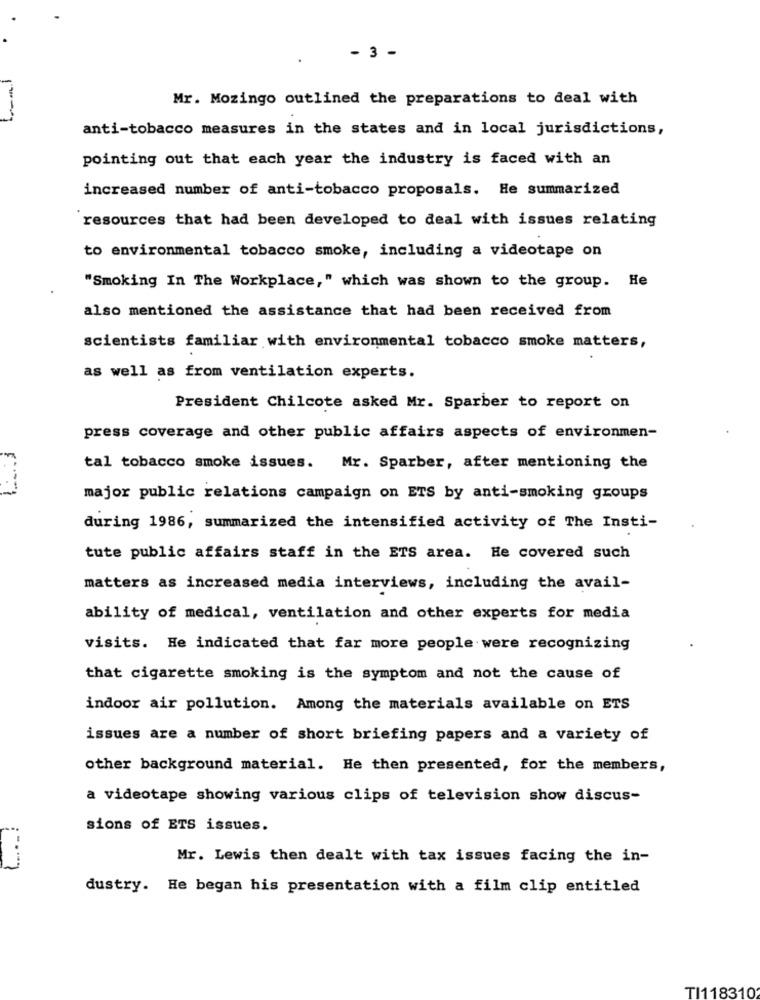
.
- 3 -
Mr. Mozingo outlined the preparations to deal with
anti-tobacco measures in the states and in local jurisdictions,
pointing out that each year the industry is faced with an
increased number of anti-tobacco proposals. He summarized
resources that had been developed to deal with issues relating
to environmental tobacco smoke, including a videotape on
"Smoking In The Workplace," which was shown to the group. He
also mentioned the assistance that had been received from
scientists familiar with environmental tobacco smoke matters,
as well as from ventilation experts.
President Chilcote asked Mr. Sparber to report on
press coverage and other public affairs aspects of environmen-
tal tobacco smoke issues. Mr. Sparber, after mentioning the
major public relations campaign on ETS by anti-smoking groups
during 1986, summarized the intensified activity of The Insti-
tute public affairs staff in the ETS area. He covered such
matters as increased media interviews, including the avail-
ability of medical, ventilation and other experts for media
visits. He indicated that far more people were recognizing
that cigarette smoking is the symptom and not the cause of
indoor air pollution. Among the materials available on ETS
issues are a number of short briefing papers and a variety of
other background material. He then presented, for the members,
a videotape showing various clips of television show discus-
sions of ETS issues.
Mr. Lewis then dealt with tax issues facing the in-
dustry. He began his presentation with a film clip entitled
TI118310